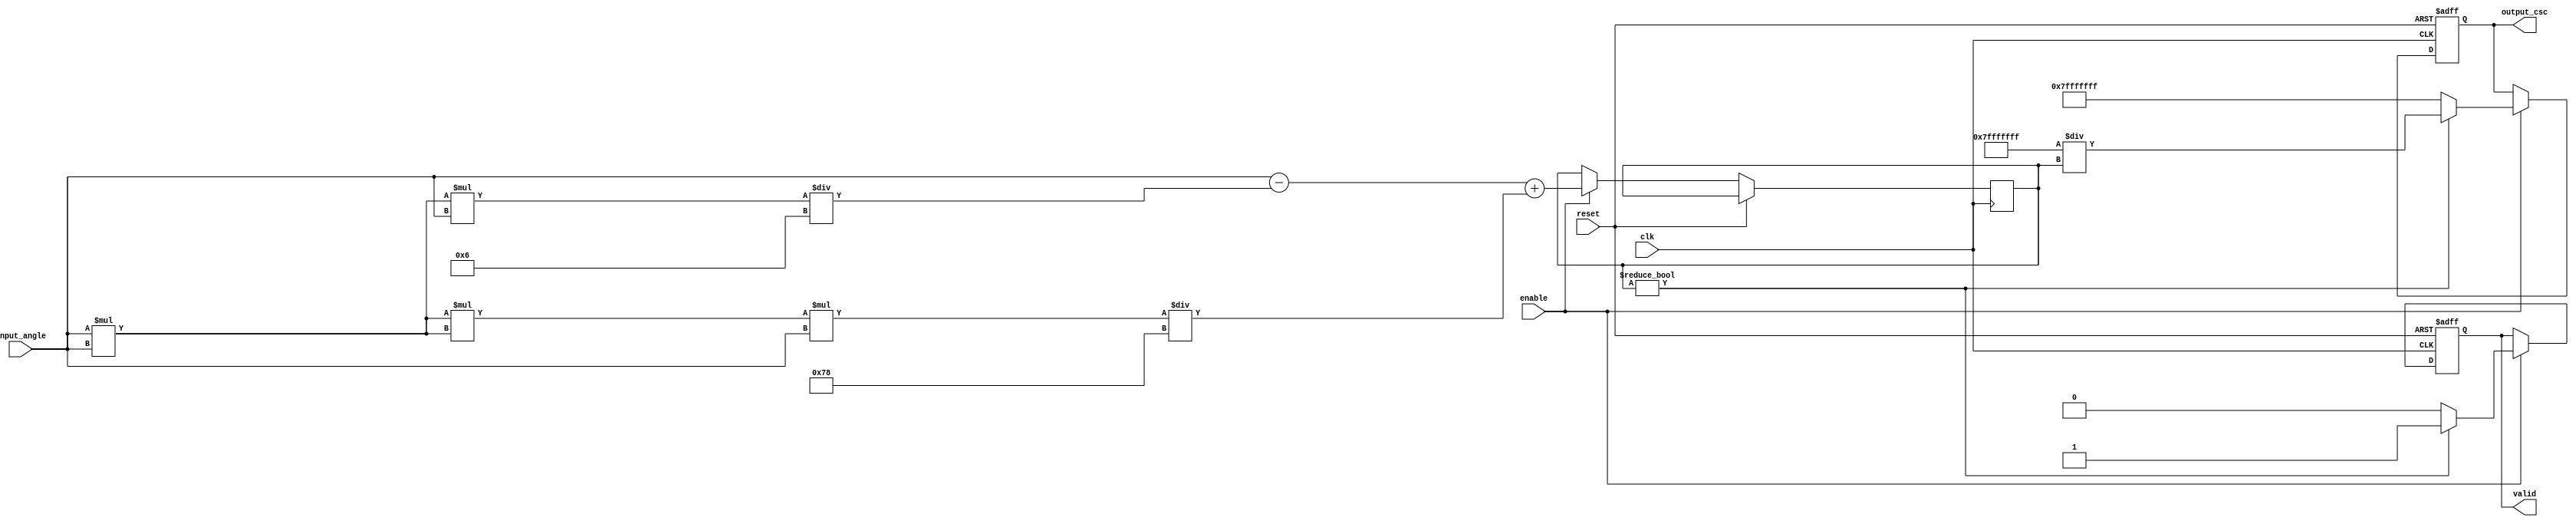
module csc_arithmetic_block (
    input wire clk,
    input wire reset,
    input wire enable,
    input wire signed [15:0] input_angle, // Fixed-point angle in radians
    output reg signed [31:0] output_csc,  // Fixed-point cosecant output
    output reg valid // Output valid signal
);

    // Internal signals
    reg signed [31:0] sine_value;
    reg signed [31:0] sine_value_inv;

    // Sine approximation (using a simple Taylor series for small angles)
    function signed [31:0] sin_approx;
        input signed [15:0] angle;
        reg signed [31:0] angle_sq;
        begin
            angle_sq = angle * angle;
            // sin(x)  x - x^3/6 + x^5/120 (truncated)
            sin_approx = angle - (angle_sq * angle) / 6 + (angle_sq * angle_sq * angle) / 120;
        end
    endfunction

    always @(posedge clk or posedge reset) begin
        if (reset) begin
            output_csc <= 32'b0;
            valid <= 1'b0;
        end else if (enable) begin
            // Calculate sine value
            sine_value <= sin_approx(input_angle);
            // Check if sine_value is close to zero to avoid division by zero
            if (sine_value != 0) begin
                // Calculate reciprocal of sine
                sine_value_inv = 32'h7FFFFFFF / sine_value; // Fixed-point division approximation
                output_csc <= sine_value_inv; // Cosecant value
                valid <= 1'b1;
            end else begin
                // Handle division by zero (output infinity or error)
                output_csc <= 32'h7FFFFFFF; // Define this as infinity
                valid <= 1'b0; // Invalid output
            end
        end
    end

endmodule